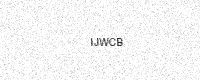
Text: IJWCB